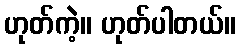
ဟုတ်ကဲ့။ ဟုတ်ပါတယ်။